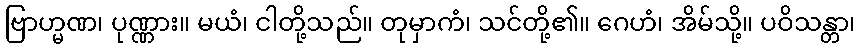
ဗြာဟ္မဏ၊ ပုဏ္ဏား။ မယံ၊ ငါတို့သည်။ တုမှာကံ၊ သင်တို့၏။ ဂေဟံ၊ အိမ်သို့။ ပဝိသန္တာ၊